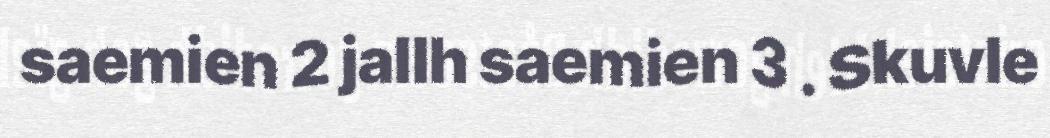
saemien 2 jallh saemien 3 . Skuvle